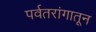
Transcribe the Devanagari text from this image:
पर्वतरांगातून